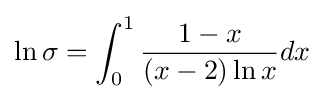
\ln \sigma =\int _{0}^{1}{\frac {1-x}{(x-2)\ln x}}dx